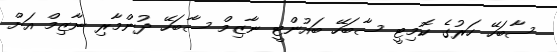
ސާބަހޭ ހަރުގެ ކޮމިޓީ ސާބަހޭ ބައުންޓީ ނާޒިމް ސާބަހޭ ދުންމާރި ނާޒިމް އަށް